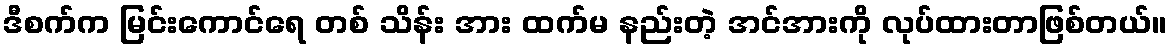
ဒီစက်က မြင်းကောင်ရေ တစ် သိန်း အား ထက်မ နည်းတဲ့ အင်အားကို လုပ်ထားတာဖြစ်တယ်။